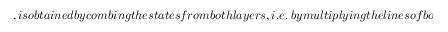
, i s o b t a i n e d b y c o m b i n g t h e s t a t e s f r o m b o t h l a y e r s , i . e . \ b y m u l t i p l y i n g t h e l i n e s o f b o t h c o m b s b y o u t p u t w e i g h t s , a n d m e a s u r i n g t h e s u m w i t h a p h o t o d i o d e . T o t h i s p u r p o s e , w e h a v e d e f i n e d